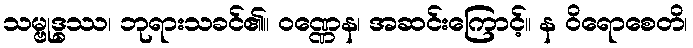
သမ္ဗုဒ္ဓဿ၊ ဘုရားသခင်၏။ ဝဏ္ဏေန၊ အဆင်းကြောင့်။ န ဝိရောစေတိ၊